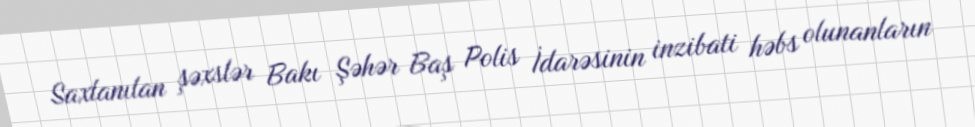
Saxlanılan şəxslər Bakı Şəhər Baş Polis İdarəsinin inzibati həbs olunanların